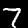
Digit: 7